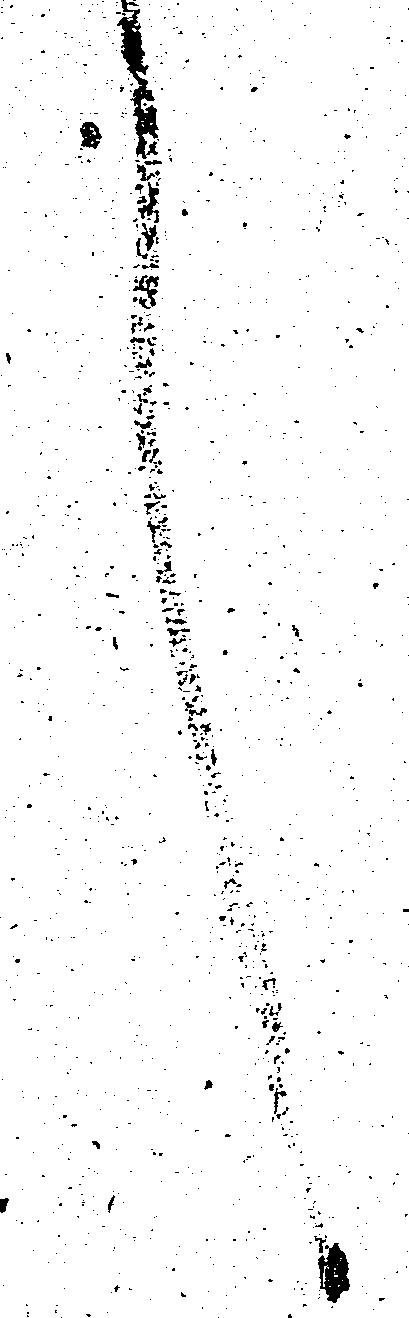
言